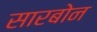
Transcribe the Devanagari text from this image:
सारबोन